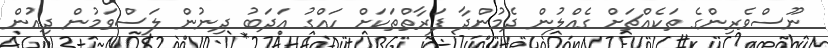
ނޫސްވެރިންގެ ތަކެއްޗަށް ގެއްލުން ދެމުންދާ ފަރާތްތަކަށް ހައްގު އަދަބު ދިނުން ލަސްވަމުން ދިއުން